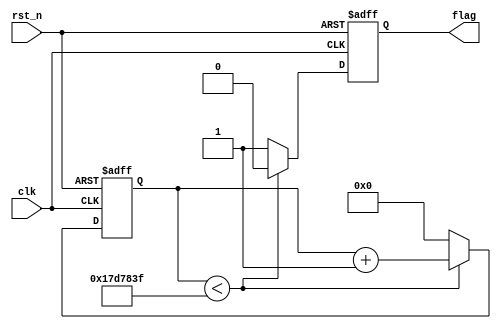
module time_count(
	input				clk,				//
	input				rst_n,			//
		
	output	reg	flag				//
);

//parameter define
parameter	MAX_NUM = 2500_0000;	//

//reg define
reg [24:0]	cnt;						//

//**************************************************
//**					main code
//**************************************************

//0.5s
always @ (posedge clk or negedge rst_n) begin
	if(!rst_n)	begin
		flag 	<= 1'b0;
		cnt 	<=25'b0;
	end
	
	else if(cnt < MAX_NUM - 1'b1) begin
		cnt 	<= cnt+1'b1;
		flag 	<= 1'b0;
	end
	
	else begin
		cnt 	<= 25'b0;
		flag 	<= 1'b1;
	end
end

endmodule